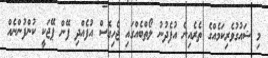
މި ޝައުގުވެރިކަމެއްގެ ތެރެއިން އުފެދުނު ލޯތްބެއްގައި ޖެހިގޮސް އުފެއްދި ފޭން ޕޭޖަކީ ކުންފުންނެއް